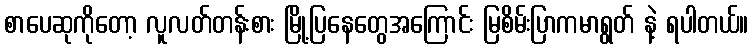
စာပေဆုကိုတော့ လူလတ်တန်းစား မြို့ပြနေတွေအကြောင်း မြစိမ်းပြာကမာရွတ် နဲ့ ရပါတယ်။